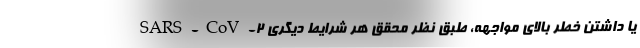
SARS-CoV-۲ یا داشتن خطر بالای مواجهه، طبق نظر محقق هر شرایط دیگری